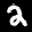
Label: 2